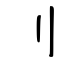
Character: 刂